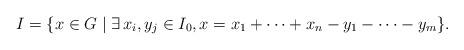
LaTeX: \begin{align*}I=\{x \in G \mid \exists\, x_i, y_j\in I_0, x = x_1 + \cdots + x_n - y_1-\cdots -y_m\}.\end{align*}